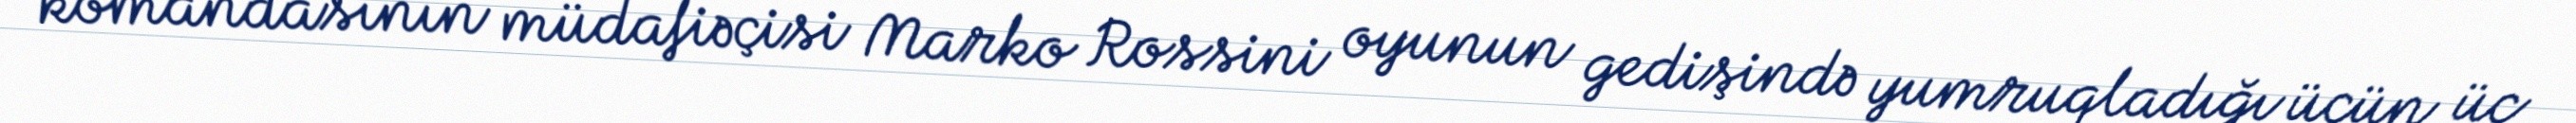
komandasının müdafiəçisi Marko Rossini oyunun gedişində yumruqladığı üçün üç